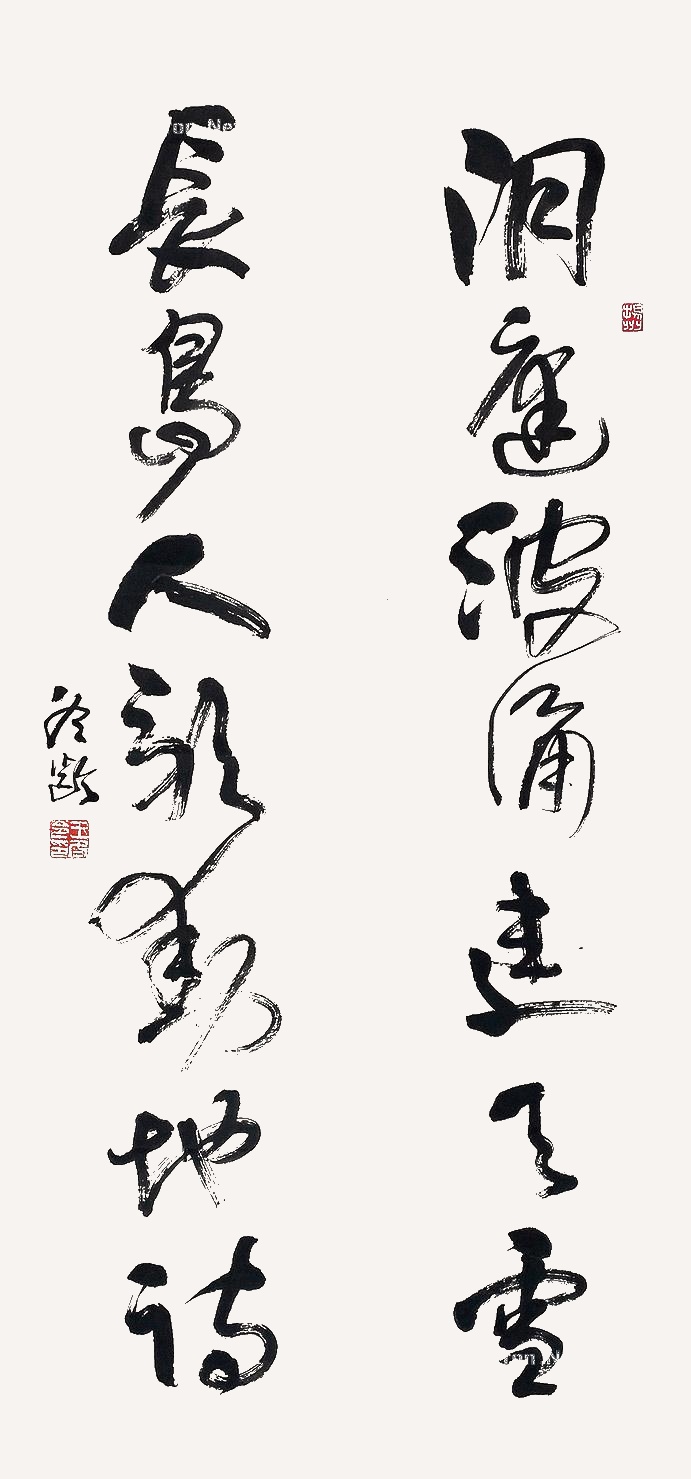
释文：洞庭波涌连天雪，长岛人歌动地诗。冬龄。